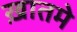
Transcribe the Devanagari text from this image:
ख़ातमे